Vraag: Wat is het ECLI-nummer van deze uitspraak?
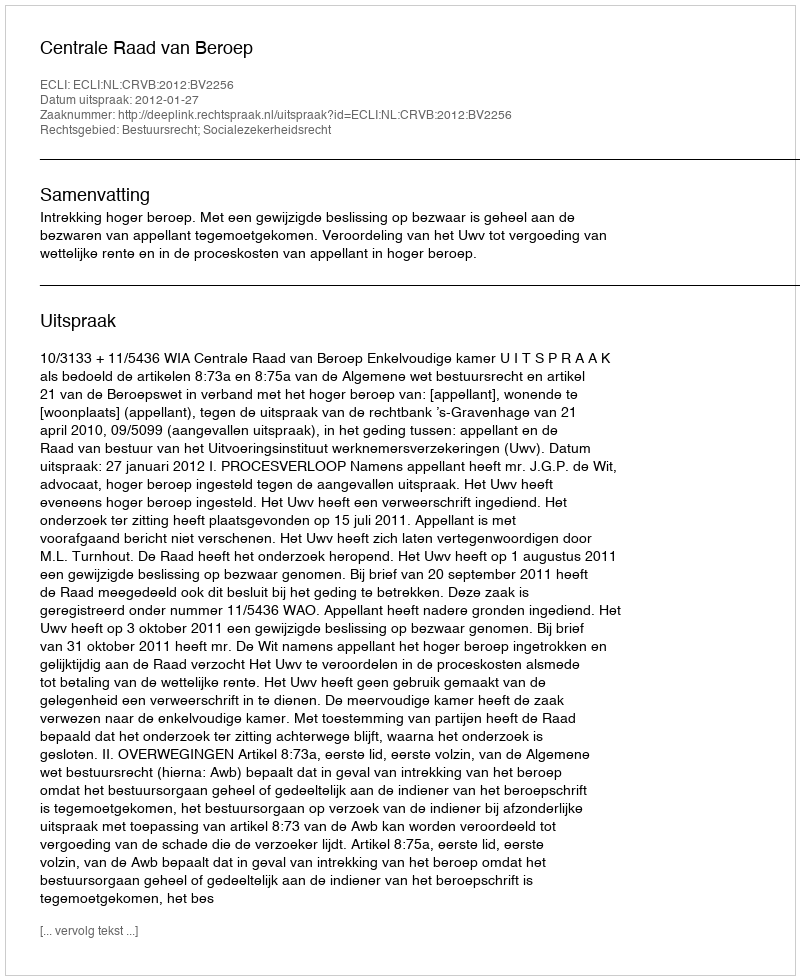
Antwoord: ECLI:NL:CRVB:2012:BV2256